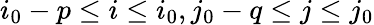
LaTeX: i_{0}-p\le i\le i_{0},j_{0}-q\le j\le j_{0}